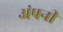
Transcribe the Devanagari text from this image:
अंपनी